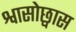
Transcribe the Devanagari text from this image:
श्वासोछ्वास